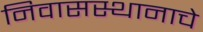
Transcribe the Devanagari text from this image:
निवासस्थानाचे